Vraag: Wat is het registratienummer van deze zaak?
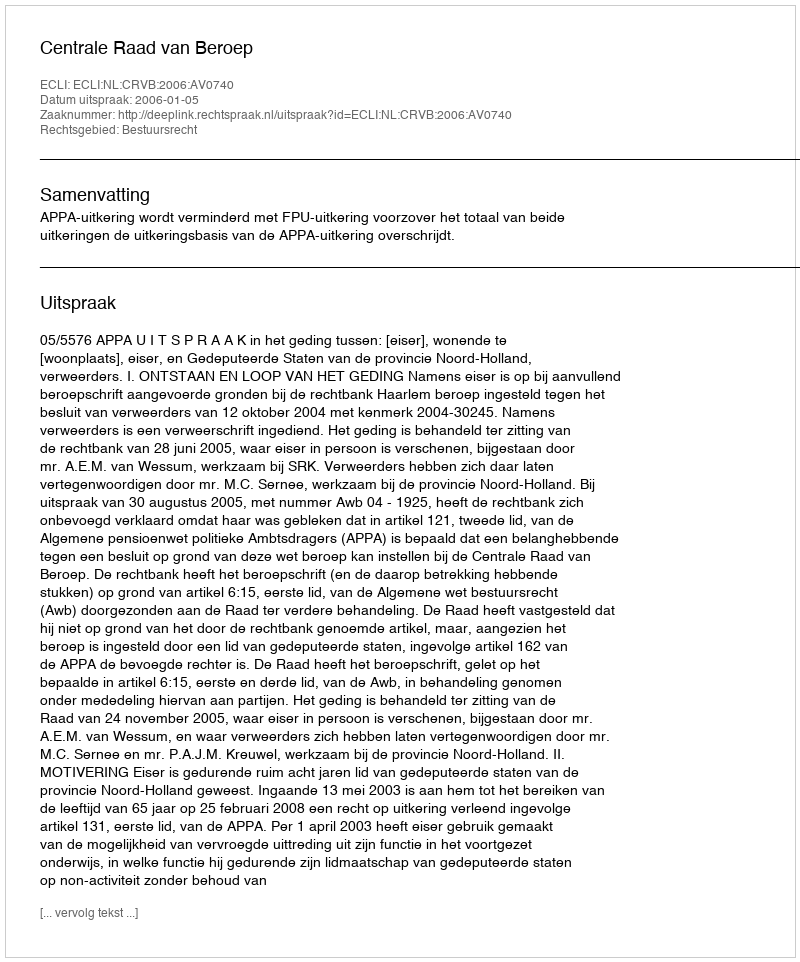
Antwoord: http://deeplink.rechtspraak.nl/uitspraak?id=ECLI:NL:CRVB:2006:AV0740